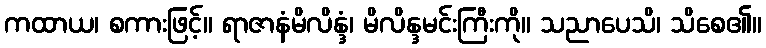
ကထာယ၊ စကားဖြင့်။ ရာဇာနံမိလိန္ဒံ၊ မိလိန္ဒမင်းကြီးကို။ သညာပေသိ၊ သိစေ၏။